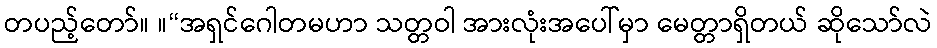
တပည့်တော်။ ။“အရှင်ဂေါတမဟာ သတ္တဝါ အားလုံးအပေါ်မှာ မေတ္တာရှိတယ် ဆိုသော်လဲ